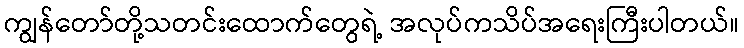
ကျွန်တော်တို့သတင်းထောက်တွေရဲ့ အလုပ်ကသိပ်အရေးကြီးပါတယ်။